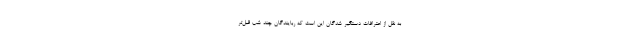
به نقل از اعترافات دستگیر شدگان این است که ربایندگان چند شب قبل‌تر